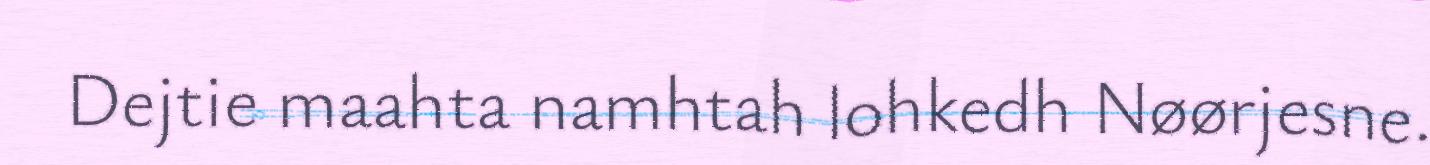
Dejtie maahta namhtah lohkedh Nøørjesne.